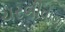
ચરબીવાળા